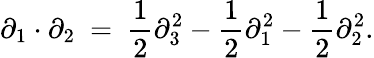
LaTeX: \partial_{1}\cdot\partial_{2}\ =\ \frac{1}{2}\partial_{3}^{2}-\frac{1}{2}\partial_{1}^{2}-\frac{1}{2}\partial_{2}^{2}.